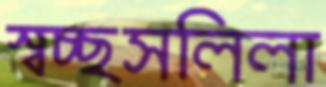
স্বচ্ছসলিলা